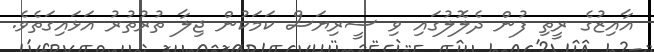
އާއިޒުގެ ރީތި ފުން ދެލޮލުގައި ވި ސީރިޔަސް ކަމަކުން ޖިލާ ތުރުތުރު އަޅައިގަތެވެ.